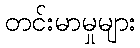
တင်းမာမှုများ